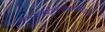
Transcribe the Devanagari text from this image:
कमलदलविहारिणीवाणी